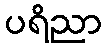
ပရိညာ